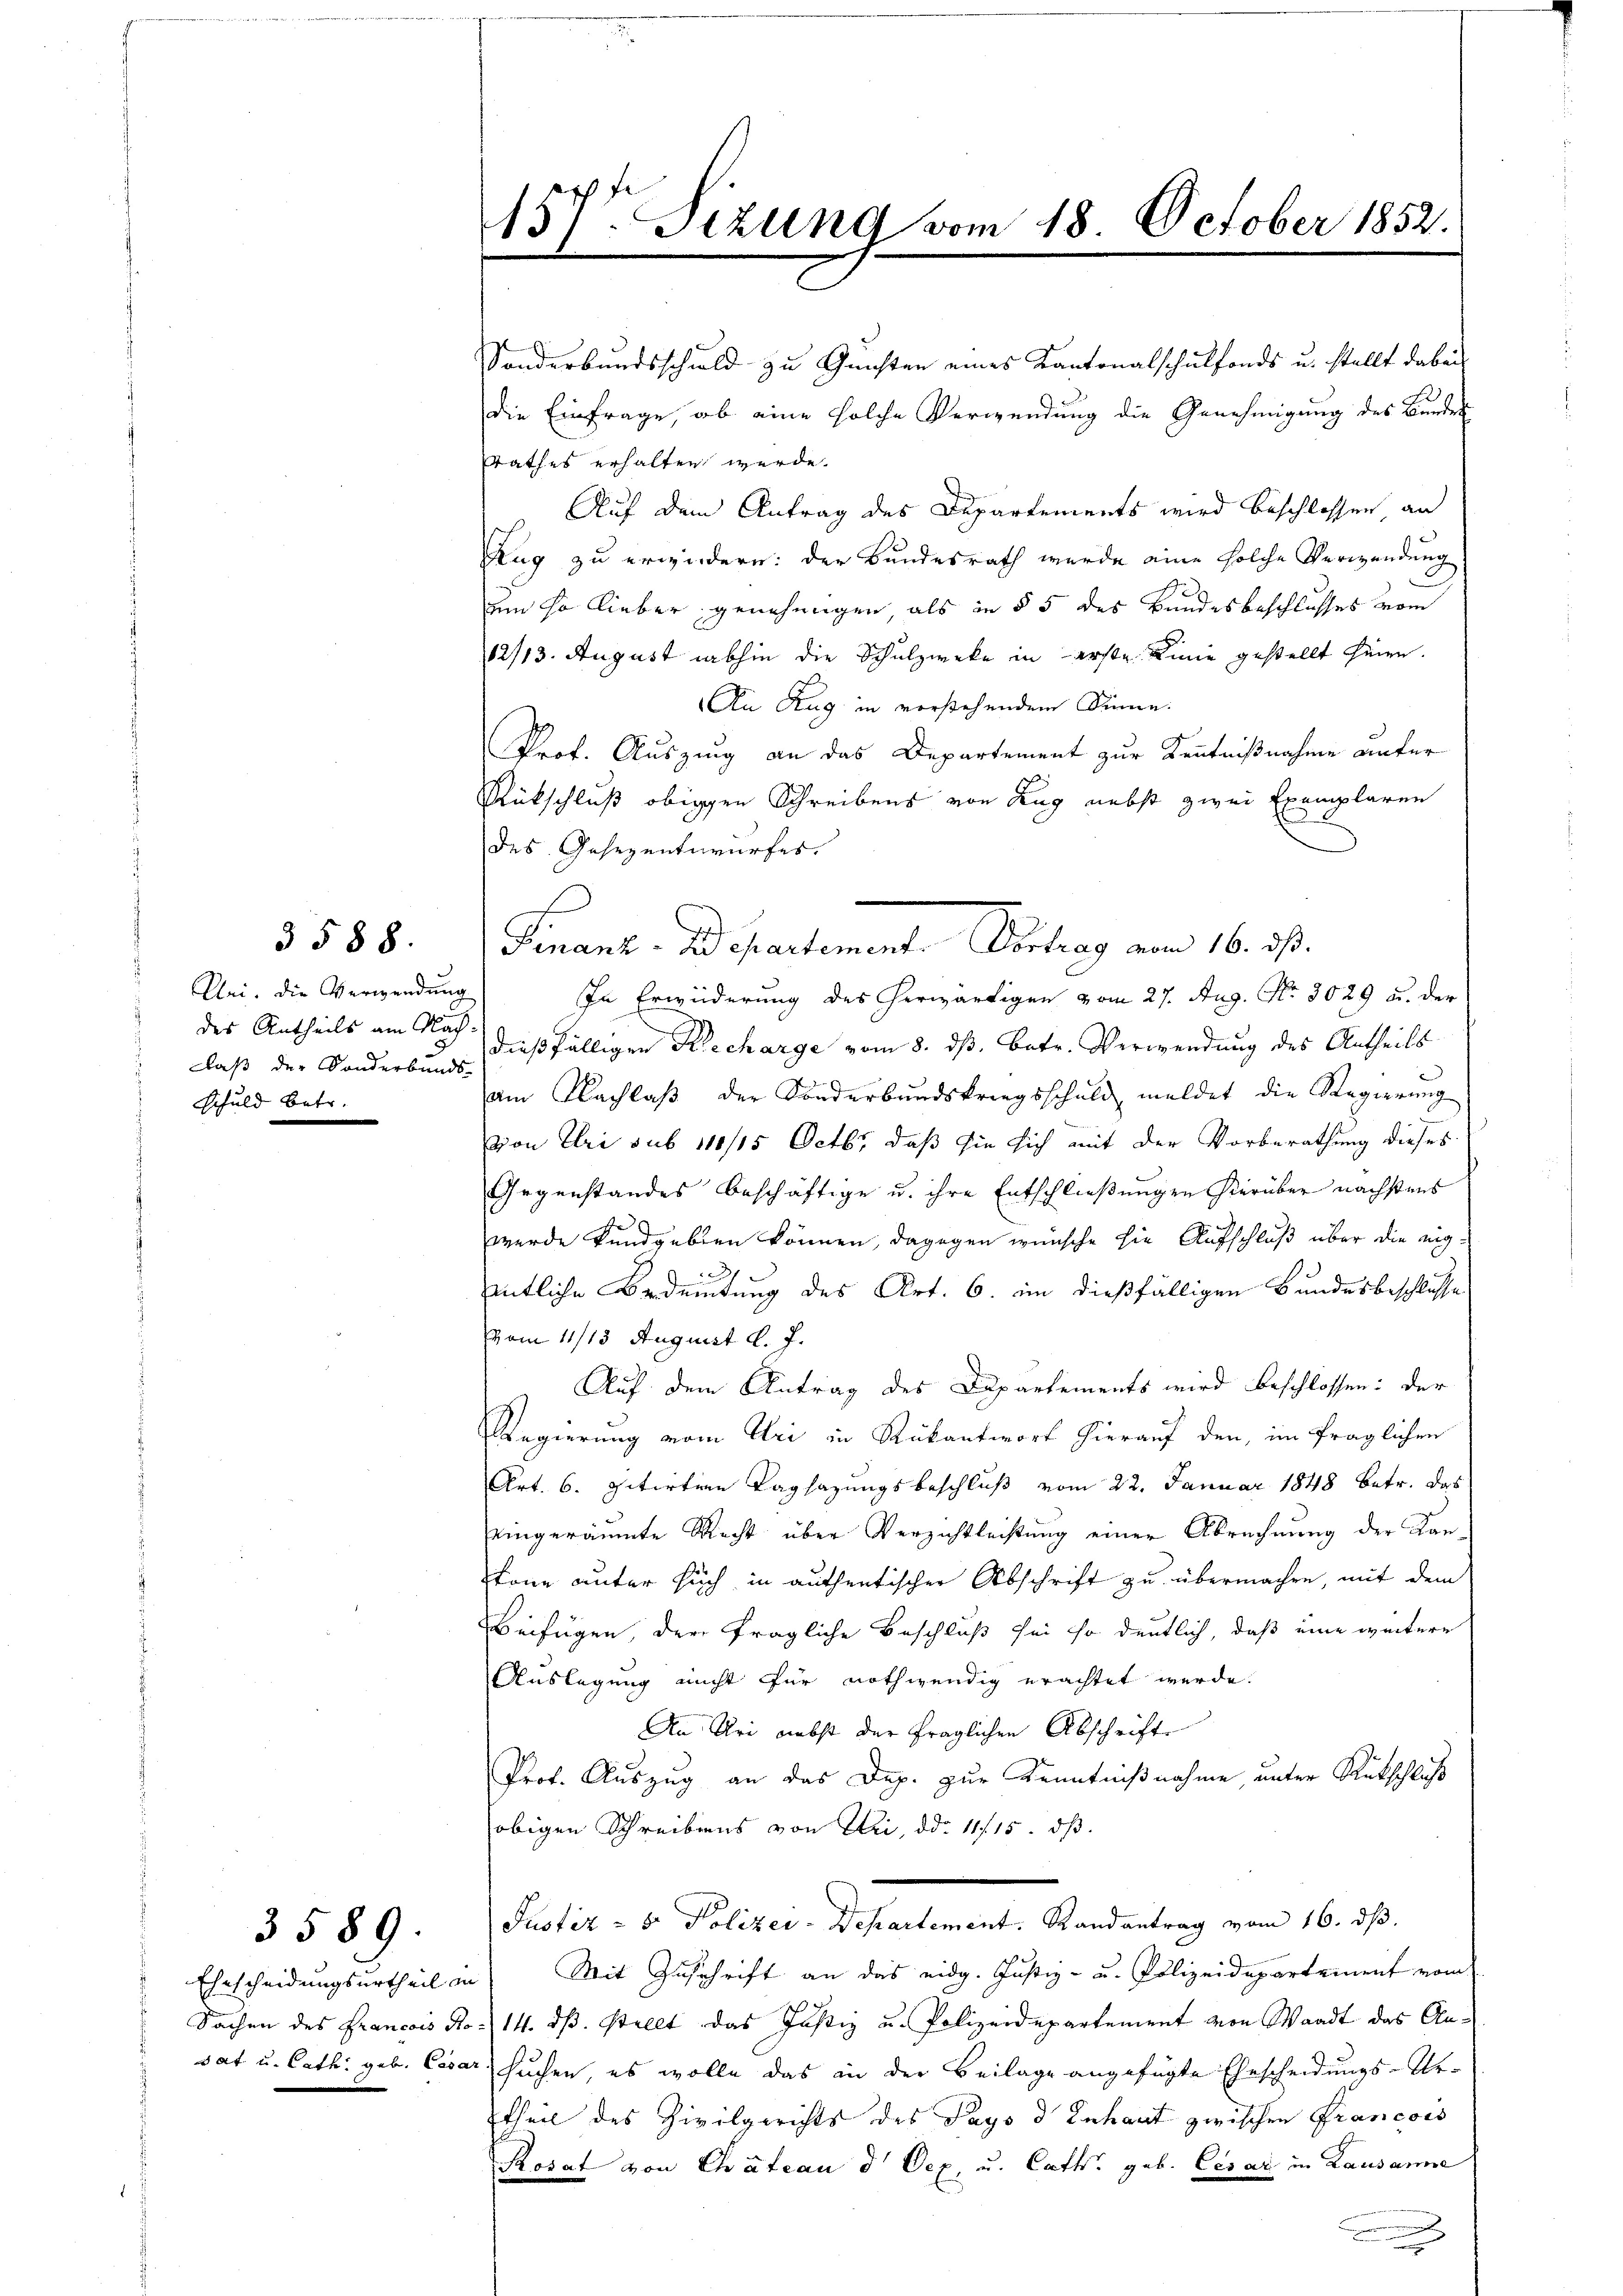
Uri. die Verwendung
des Antheils am Nach
laß der Sonderbands-
Schuld betr.

3588.

Ehescheidungsurtheil in
Sachen des Francois Ro
dat u. Cath geb. Cesar

3589.

157t Sizung vom 18. October 1852.

Rathes erhalten werde.
Auf dem Antrag des Departements wird beschlossen an
Zug zu erwiedern: der Bundesrath wurde eine solche Verwendung
um so lieber genehmigen als in § 5 des Bundesbeschlusses vom
12/13. August abhin die Schulzweke in erste Linie gestellt seien.
An Zug in vorstehendem Sinne.
Prof. Auszung an das Departement zur Kenntnißnahme anfer
Rückschluß obigen Schreibens von Zug nebst zwei Exemplaren
des Gesezentwurfes.
In Erwiderung des herwärtigen vom 27. Aug. No. 3029 u. der
dießfälligen Recharge vom 8. ds. betr. Verwendung des Antheils
am Nachlaß der Sonderbundskriegsschuld meldet die Regierung
von Uri sub 110/15 Octbr, daß sie sich mit der Vorberathung dieses
Gegenstandes beschäftige u. ihre Entschließungen hierüber nächstens
wurde kundgeben können, dagegen wünsche sie Aufschluß über die eigh
entliche Bedeutung des Art. 6. im dießfälligen Bundesbeschlusse
vom 11/13 August d. J.
Auf dem Antrag des Departements wird beschlossen: der
Regierung vom Uri in Rükantwort hierauf den, im fraglichen
Art. 6. pitirten Tagsazungsbeschluß vom 22. Januar 1848 betr. das
eingeräumte Recht über Verzichtleistung einer Abrechnung der Konköne unter such in authentischer Abschrift zu übermachte, mit dem
beifügen, der fragliche Beschluß sei so deutlich, daß eine weitere
Auslegung nicht für nothwendig erachtet werde.
An Uri nebst der fraglichen Abschrift
Prof. Auszug an das Dop. zur Kenntnißnahme unter Rutschluß
obigen Schreibens von Uri, ddo. 117. 15. dß.
Justiz - 8. Polizei-Departement. Randantrag vom 16. ds.
Mit Zuschrift an das eidg. Justiz- u. Polizeidepartement vom
14. ds. stellt das Justiz u. Polizeidepartement von Waadt das Ansuchen, es wolle das in der Beilage angefügte Ehescheidungs-Ur-
theil des Zivilgerichts des Pays d Inhaut zwischen Francois
Rorat von Chateau d. Dez. u. Catt. geb. Cesar in Lausanne

Sonderbandsschuld zu Gunsten eines Kantonalschulfonds u. stellt dabei
die Einfrage, ob eine solche Verwendung die Genehmigung des Bundes

Finanz-Departement. Vertrag vom 16. ist.

.